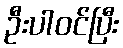
ဦးပါဝင်ပြီး